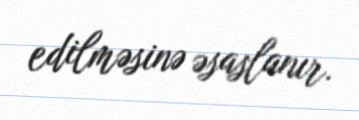
edilməsinə əsaslanır.